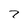
Character: 7